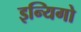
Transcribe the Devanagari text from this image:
इन्यिगो